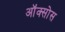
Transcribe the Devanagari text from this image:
ऑक्सोस